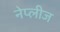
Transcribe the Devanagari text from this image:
नेप्लीज